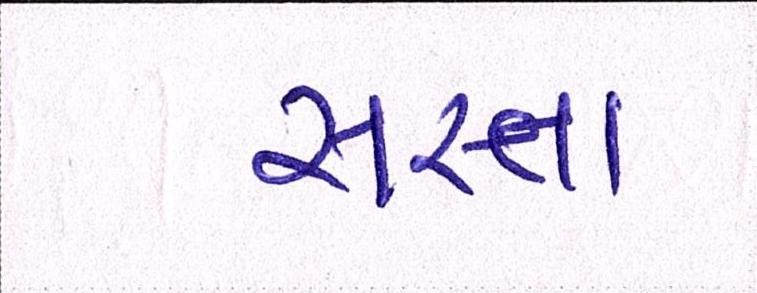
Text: સસ્તા